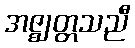
အဇ္ဈတ္တသညီ